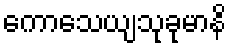
ကောသေယျသုခုမာနိ